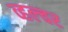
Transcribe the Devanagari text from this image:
व्हल्चर